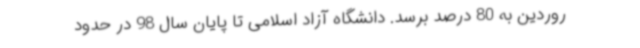
روردین به 80 درصد برسد. دانشگاه آزاد اسلامی تا پایان سال 98 در حدود